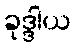
ခုဒ္ဒါယ